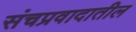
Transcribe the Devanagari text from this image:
संचप्रवादातील